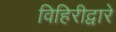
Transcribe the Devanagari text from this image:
विहिरीद्वारे